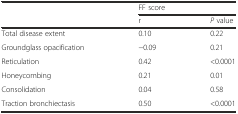
| <ROWSPAN=2>  | <COLSPAN=2> FF score |
 | r | P value |
 | --- | --- | --- |
 | Total disease extent | 0.10 | 0.22 |
 | Groundglass opacification | −0.09 | 0.21 |
 | Reticulation | 0.42 | <0.0001 |
 | Honeycombing | 0.21 | 0.01 |
 | Consolidation | 0.04 | 0.58 |
 | Traction bronchiectasis | 0.50 | <0.0001 |